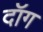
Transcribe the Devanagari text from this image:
दॉग